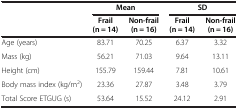
|  | <COLSPAN=2> Mean | <COLSPAN=2> SD |
 |  | Frail (n = 14) | Non-frail (n = 16) | Frail (n = 14) | Non-frail (n = 16) |
 | --- | --- | --- | --- | --- |
 | Age (years) | 83.71 | 70.25 | 6.37 | 3.32 |
 | Mass (kg) | 56.21 | 71.03 | 9.64 | 13.11 |
 | Height (cm) | 155.79 | 159.44 | 7.81 | 10.61 |
 | Body mass index (kg/m2) | 23.36 | 27.87 | 3.48 | 3.79 |
 | Total Score ETGUG (s) | 53.64 | 15.52 | 24.12 | 2.91 |